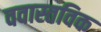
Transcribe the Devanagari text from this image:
ववास्तविक